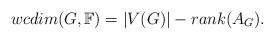
LaTeX: \begin{align*}wcdim(G,\mathbb{F}) = |V(G)| - rank(A_G).\end{align*}